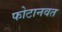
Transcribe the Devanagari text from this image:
फोटानवत